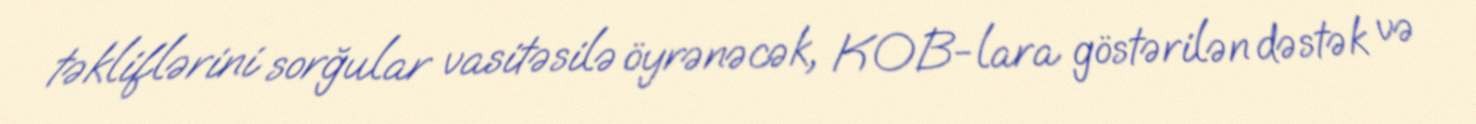
təkliflərini sorğular vasitəsilə öyrənəcək, KOB-lara göstərilən dəstək və